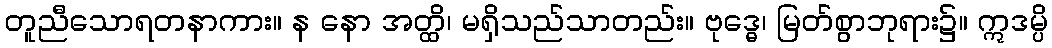
တူညီသောရတနာကား။ န နော အတ္ထိ၊ မရှိသည်သာတည်း။ ဗုဒ္ဓေ၊ မြတ်စွာဘုရား၌။ ဣဒမ္ပိ